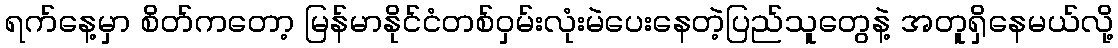
ရက်နေ့မှာ စိတ်ကတော့ မြန်မာနိုင်ငံတစ်ဝှမ်းလုံးမဲပေးနေတဲ့ပြည်သူတွေနဲ့ အတူရှိနေမယ်လို့